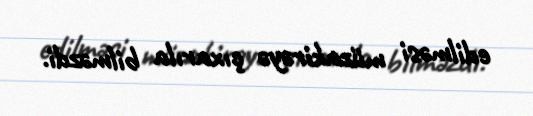
edilməsi müzakirəyə çıxarıla bilməzdi.